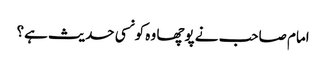
امام صاحب نے پوچھا وہ کونسی حدیث ہے؟